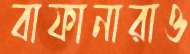
বাফানারাও